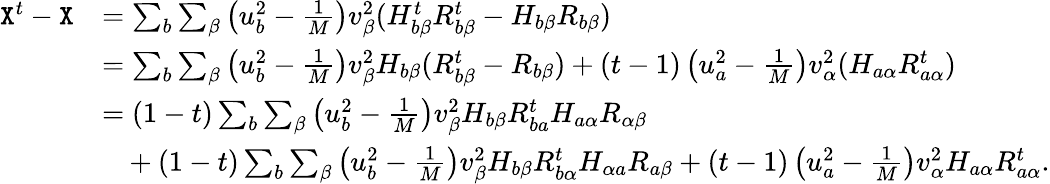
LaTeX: \begin{array}{rl}{{\texttt X}^{t}-{\texttt X}}&{=\sum_{b}\sum_{\beta}\left(u_{b}^{2}-\frac 1{M}\right)v_{\beta}^{2}(H_{b\beta}^{t}R_{b\beta}^{t}-H_{b\beta}R_{b\beta})}\\ &{=\sum_{b}\sum_{\beta}\left(u_{b}^{2}-\frac 1{M}\right)v_{\beta}^{2}H_{b\beta}(R_{b\beta}^{t}-R_{b\beta})+(t-1)\left(u_{a}^{2}-\frac 1{M}\right)v_{\alpha}^{2}(H_{a\alpha}R_{a\alpha}^{t})}\\ &{=(1-t)\sum_{b}\sum_{\beta}\left(u_{b}^{2}-\frac 1{M}\right)v_{\beta}^{2}H_{b\beta}R_{ba}^{t}H_{a\alpha}R_{\alpha\beta}}\\ &{~~~+(1-t)\sum_{b}\sum_{\beta}\left(u_{b}^{2}-\frac 1{M}\right)v_{\beta}^{2}H_{b\beta}R_{b\alpha}^{t}H_{\alpha a}R_{a\beta}+(t-1)\left(u_{a}^{2}-\frac 1{M}\right)v_{\alpha}^{2}H_{a\alpha}R_{a\alpha}^{t}.}\end{array}